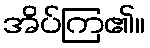
အိပ်ကြ၏။